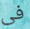
في